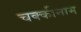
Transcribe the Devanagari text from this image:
चक्कीनाम